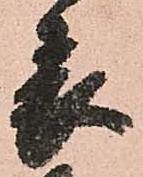
表